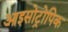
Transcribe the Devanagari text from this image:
आइसोट्रोपिक